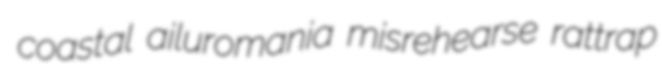
coastal ailuromania misrehearse rattrap